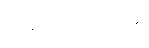
မောင်တောသို့